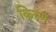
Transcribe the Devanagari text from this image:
किरणं